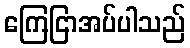
ကြေငြာအပ်ပါသည်